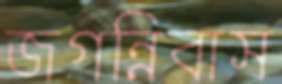
জগন্নিবাস